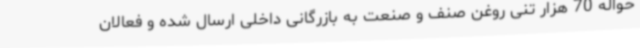
حواله 70 هزار تنی روغن صنف و صنعت به بازرگانی داخلی ارسال شده و فعالان